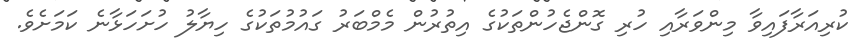
ކުރިއަރާފައިވާ މިންވަރާއި ހުރި ގޮންޖެހުންތަކުގެ އިތުރުން މެމްބަރު ގައުުމުތަކުގެ ހިޔާލު ހުށަހަޅާނެ ކަމަށެވެ.